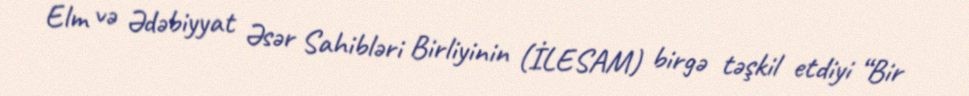
Elm və Ədəbiyyat Əsər Sahibləri Birliyinin (İLESAM) birgə təşkil etdiyi “Bir